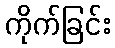
ကိုက်ခြင်း